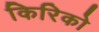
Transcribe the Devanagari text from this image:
किरिको